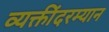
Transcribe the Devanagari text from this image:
व्यक्तींदरम्यान